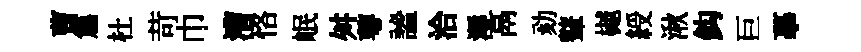
曹篇杜苛巾漕恪岷舛萼謐洽溽鬲劾鼙樾綬湫鈎巨摹